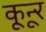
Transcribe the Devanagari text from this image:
कून्‍ूर